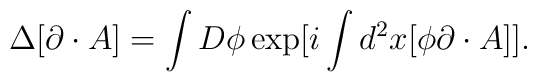
\Delta [\partial \cdot A ]= \int D \phi \exp [i \int d ^{2} x [\phi \partial \cdot A ] ].